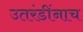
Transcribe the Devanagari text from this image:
उतरंडींनाच